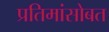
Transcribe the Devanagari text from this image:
प्रतिमांसोबत